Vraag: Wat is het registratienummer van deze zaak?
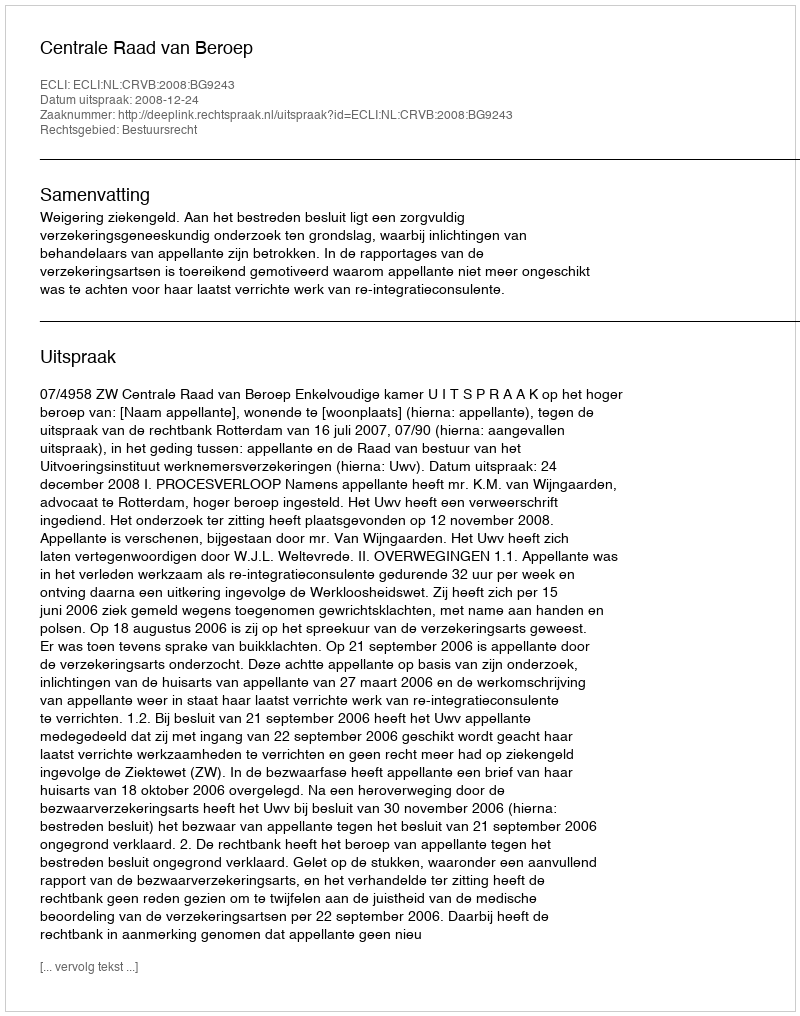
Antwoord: http://deeplink.rechtspraak.nl/uitspraak?id=ECLI:NL:CRVB:2008:BG9243